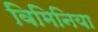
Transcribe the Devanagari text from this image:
विमिनिया